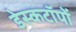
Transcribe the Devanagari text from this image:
डेस्कटॉपों